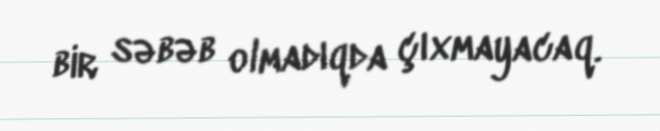
bir səbəb olmadıqda çıxmayacaq.